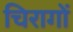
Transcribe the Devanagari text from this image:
चिरागों